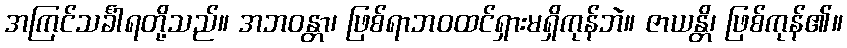
အကြင်သင်္ခါရတို့သည်။ အဘဝန္တာ၊ ဖြစ်ရာဘဝထင်ရှားမရှိကုန်ဘဲ။ ဇာယန္တိ၊ ဖြစ်ကုန်၏။